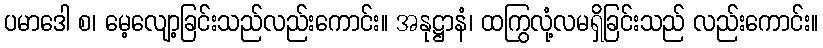
ပမာဒေါ စ၊ မေ့လျော့ခြင်းသည်လည်းကောင်း။ အနုဋ္ဌာနံ၊ ထကြွလုံ့လမရှိခြင်းသည် လည်းကောင်း။